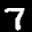
Label: 7